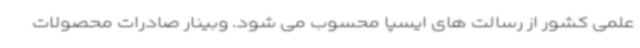
علمی کشور از رسالت های ایسپا محسوب می شود. وبینار صادرات محصولات